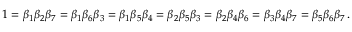
1 = \beta _ { 1 } \beta _ { 2 } \beta _ { 7 } = \beta _ { 1 } \beta _ { 6 } \beta _ { 3 } = \beta _ { 1 } \beta _ { 5 } \beta _ { 4 } = \beta _ { 2 } \beta _ { 5 } \beta _ { 3 } = \beta _ { 2 } \beta _ { 4 } \beta _ { 6 } = \beta _ { 3 } \beta _ { 4 } \beta _ { 7 } = \beta _ { 5 } \beta _ { 6 } \beta _ { 7 } \, .